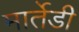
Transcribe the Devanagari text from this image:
मार्तेडी